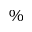
\%